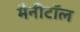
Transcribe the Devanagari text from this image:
मैनीटॉल